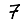
Digit: 7